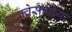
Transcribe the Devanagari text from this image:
क्वेसारच्या